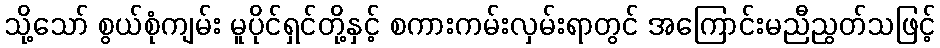
သို့သော် စွယ်စုံကျမ်း မူပိုင်ရှင်တို့နှင့် စကားကမ်းလှမ်းရာတွင် အကြောင်းမညီညွတ်သဖြင့်